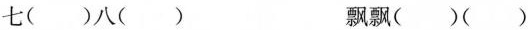
七( )八( ) 飘飘( )( )